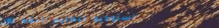
استوديو لتعليم اللغة الإن